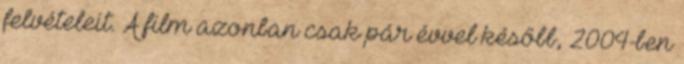
felvételeit. A film azonban csak pár évvel később, 2004-ben